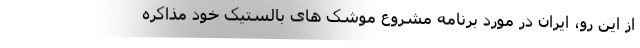
از این رو، ایران در مورد برنامه مشروع موشک های بالستیک خود مذاکره